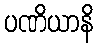
ပဏိယာနိ